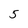
Character: 5